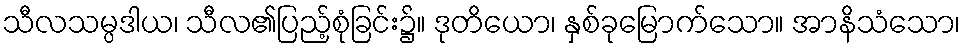
သီလသမ္ပဒါယ၊ သီလ၏ပြည့်စုံခြင်း၌။ ဒုတိယော၊ နှစ်ခုမြောက်သော။ အာနိသံသော၊